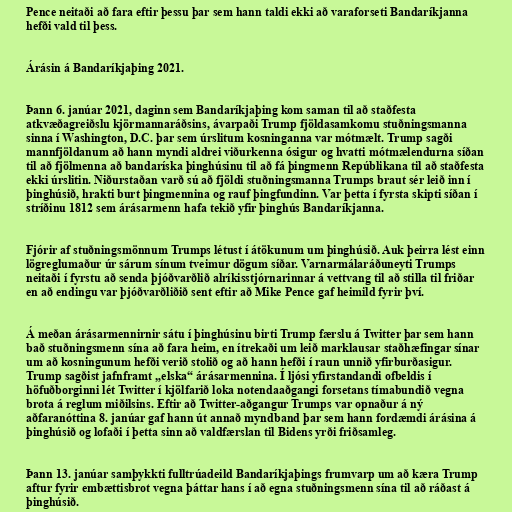
Pence neitaði að fara eftir þessu þar sem hann taldi ekki að varaforseti Bandaríkjanna
hefði vald til þess.

Árásin á Bandaríkjaþing 2021.

Þann 6. janúar 2021, daginn sem Bandaríkjaþing kom saman til að staðfesta
atkvæðagreiðslu kjörmannaráðsins, ávarpaði Trump fjöldasamkomu stuðningsmanna
sinna í Washington, D.C. þar sem úrslitum kosninganna var mótmælt. Trump sagði
mannfjöldanum að hann myndi aldrei viðurkenna ósigur og hvatti mótmælendurna síðan
til að fjölmenna að bandaríska þinghúsinu til að fá þingmenn Repúblikana til að staðfesta
ekki úrslitin. Niðurstaðan varð sú að fjöldi stuðningsmanna Trumps braut sér leið inn í
þinghúsið, hrakti burt þingmennina og rauf þingfundinn. Var þetta í fyrsta skipti síðan í
stríðinu 1812 sem árásarmenn hafa tekið yfir þinghús Bandaríkjanna.

Fjórir af stuðningsmönnum Trumps létust í átökunum um þinghúsið. Auk þeirra lést einn
lögreglumaður úr sárum sínum tveimur dögum síðar. Varnarmálaráðuneyti Trumps
neitaði í fyrstu að senda þjóðvarðlið alríkisstjórnarinnar á vettvang til að stilla til friðar
en að endingu var þjóðvarðliðið sent eftir að Mike Pence gaf heimild fyrir því.

Á meðan árásarmennirnir sátu í þinghúsinu birti Trump færslu á Twitter þar sem hann
bað stuðningsmenn sína að fara heim, en ítrekaði um leið marklausar staðhæfingar sínar
um að kosningunum hefði verið stolið og að hann hefði í raun unnið yfirburðasigur.
Trump sagðist jafnframt „elska“ árásarmennina. Í ljósi yfirstandandi ofbeldis í
höfuðborginni lét Twitter í kjölfarið loka notendaaðgangi forsetans tímabundið vegna
brota á reglum miðilsins. Eftir að Twitter-aðgangur Trumps var opnaður á ný
aðfaranóttina 8. janúar gaf hann út annað myndband þar sem hann fordæmdi árásina á
þinghúsið og lofaði í þetta sinn að valdfærslan til Bidens yrði friðsamleg.

Þann 13. janúar samþykkti fulltrúadeild Bandaríkjaþings frumvarp um að kæra Trump
aftur fyrir embættisbrot vegna þáttar hans í að egna stuðningsmenn sína til að ráðast á
þinghúsið.